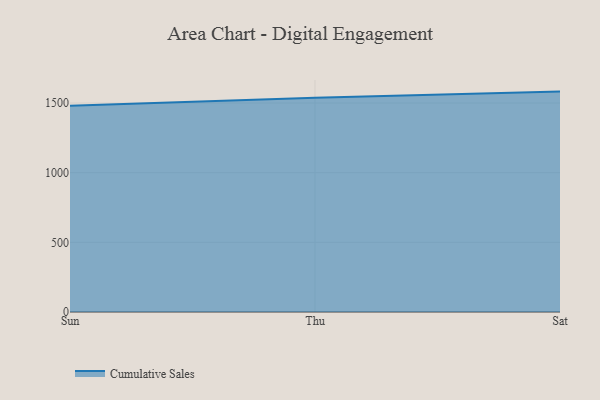
{"axis": {"x": "Day", "y": "Budget (USD K)"}, "legend": ["Cumulative Sales"], "data": [{"x": "Sun", "y": 1481.2, "type": "Cumulative Sales"}, {"x": "Thu", "y": 1538.2, "type": "Cumulative Sales"}, {"x": "Sat", "y": 1582.0, "type": "Cumulative Sales"}]}